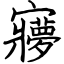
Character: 㝱